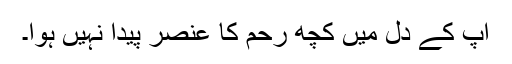
آپ کے دل میں کچھ رحم کا عنصر پیدا نہیں ہوا۔